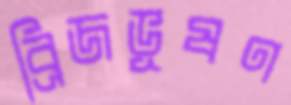
ব্রিজভূষণ